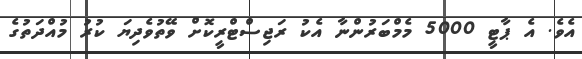
އެވެ. އެ ޕާޓީ 5000 މެމްބަރުންނާ އެކު ރަޖިސްޓްރީކޮށް ވޭތުވެދިޔަ ކުރު މުއްދަތުގެ